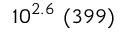
1 0 ^ { 2 . 6 } \ ( 3 9 9 )